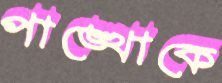
পাঙ্খোকে